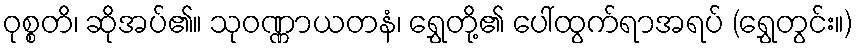
ဝုစ္စတိ၊ ဆိုအပ်၏။ သုဝဏ္ဏာယတနံ၊ ရွှေတို့၏ ပေါ်ထွက်ရာအရပ် (ရွှေတွင်း။)